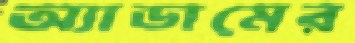
অ্যাডামের